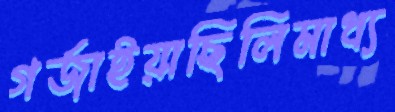
গর্‌জাইয়াছিলিমাধ্য